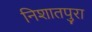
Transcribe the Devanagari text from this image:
निशातपुरा